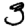
Digit: 3